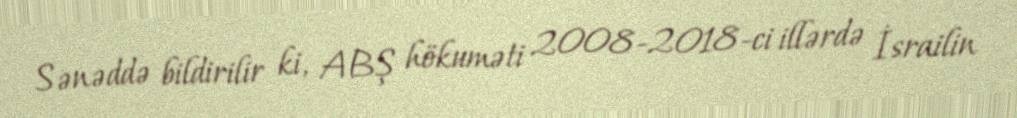
Sənəddə bildirilir ki, ABŞ hökuməti 2008-2018-ci illərdə İsrailin